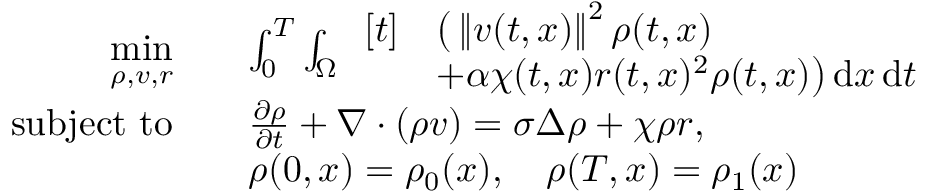
\begin{array} { r l } { \underset { \rho , v , r } { \mathrm { m i n } } \quad } & { \int _ { 0 } ^ { T } \int _ { \Omega } \begin{array} { r l } { [ t ] } & { \big ( \left\lVert v ( t , x ) \right\rVert ^ { 2 } \rho ( t , x ) } \\ & { + \alpha \chi ( t , x ) r ( t , x ) ^ { 2 } \rho ( t , x ) \big ) \, \mathrm { d } x \, \mathrm { d } t } \end{array} } \\ { \mathrm { s u b j e c t ~ t o } \quad } & { \frac { \partial \rho } { \partial t } + \nabla \cdot ( \rho v ) = \sigma \Delta \rho + \chi \rho r , } \\ & { \rho ( 0 , x ) = \rho _ { 0 } ( x ) , \quad \rho ( T , x ) = \rho _ { 1 } ( x ) } \end{array}